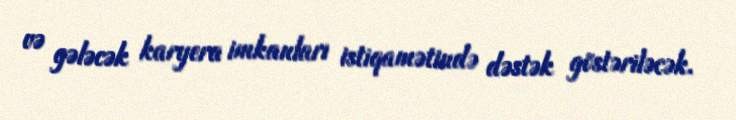
və gələcək karyera imkanları istiqamətində dəstək göstəriləcək.